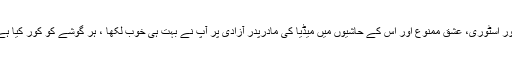
کور اسٹوری، عشق ممنوع اور اس کے حاشیوں میں میڈیا کی مادرپدر آزادی پر آپ نے بہت ہی خوب لکھا ، ہر گوشے کو کور کیا ہے۔